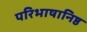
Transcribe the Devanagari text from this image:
परिभाषानिष्ठ